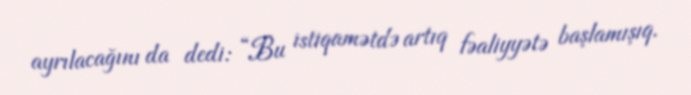
ayrılacağını da dedi: “Bu istiqamətdə artıq fəaliyyətə başlamışıq.